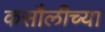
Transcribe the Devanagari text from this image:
कसौलीच्या